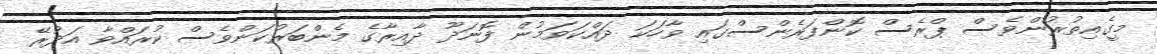
މީގެއިތުރުންވެސް ޕްރެސް ކޮންފަރެންސްގައި ވާހަކަ ދައްކަވަމުން ފޮނަދޫ ދާއިރާގެ މެންބަރުކަންވެސް ކުރައްވާ އަދުރޭ